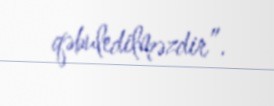
qəbuledilməzdir”.